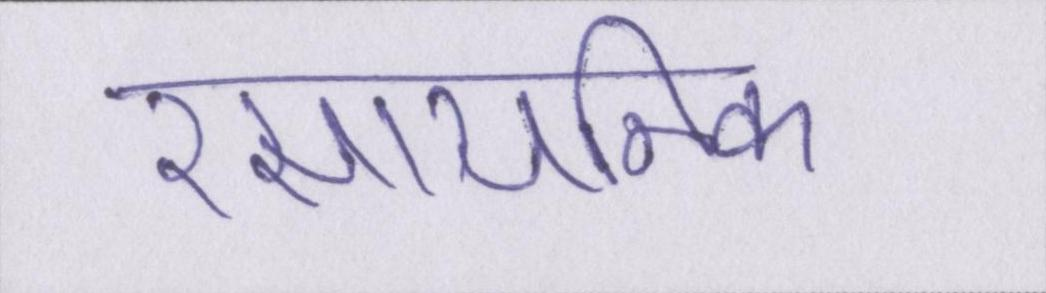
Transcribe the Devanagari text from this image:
रसायनिक